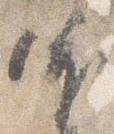
依